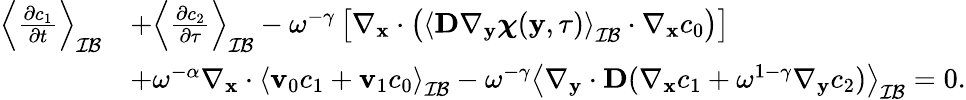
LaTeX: \begin{array}{rl}{\left\langle\frac{\partial c_{1}}{\partial t}\right\rangle_{\mathcal{IB}}}&{+\left\langle\frac{\partial c_{2}}{\partial\tau}\right\rangle_{\mathcal{IB}}-\omega^{-\gamma}\left[\nabla_{\mathbf{x}}\cdot\left(\left\langle\textbf{D}\nabla_{\mathbf y}\boldsymbol\chi(\mathbf y,\tau)\right\rangle_{\mathcal{IB}}\cdot\nabla_{\mathbf x}c_{0}\right)\right]}\\ &{+\omega^{-\alpha}\nabla_{\mathbf x}\cdot\left\langle\mathbf v_{0}c_{1}+\mathbf v_{1}c_{0}\right\rangle_{\mathcal{IB}}-\omega^{-\gamma}\left\langle\nabla_{\mathbf y}\cdot\textbf{D}(\nabla_{\mathbf x}c_{1}+\omega^{1-\gamma}\nabla_{\mathbf y}c_{2})\right\rangle_{\mathcal{IB}}=0.}\end{array}